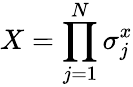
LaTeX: X=\prod_{j=1}^{N}\sigma_{j}^{x}